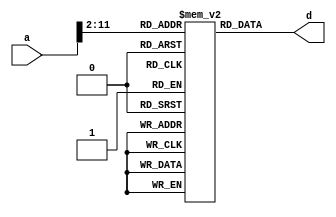
///////////////////////////////////////////////////////////////////////////////////
// Component: IM (Asynchronous, latency=90)
// Package: FIUSCIS-CDA
// Course: CDA3102 (Computer Architecture), Florida International University
// Developer: Trevor Cickovski
// License: MIT, (C) 2020 All Rights Reserved
///////////////////////////////////////////////////////////////////////////////////

module IM(a, d);    
   input[31:0] a;
   output wire [31:0] d;
   
   reg [31:0] memory [0:1023];
  
   reg [31:0] buffer;
   assign d = buffer;


     always @(*) begin
        #90; buffer = memory[a >> 2];
     end
endmodule